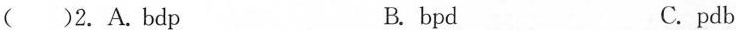
( )2.A.Bdp B. bpd C.pdb